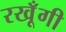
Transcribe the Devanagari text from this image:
रखूँगी